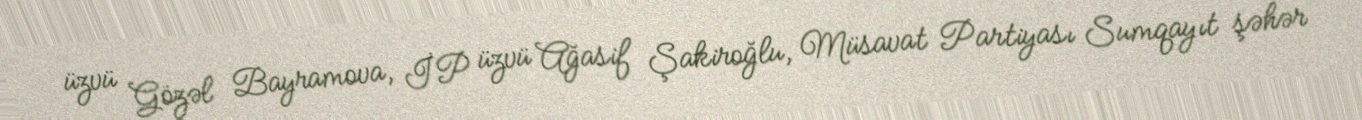
üzvü Gözəl Bayramova, İP üzvü Ağasif Şakiroğlu, Müsavat Partiyası Sumqayıt şəhər